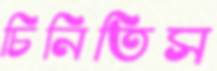
চিনিতিস